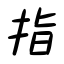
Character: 指